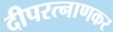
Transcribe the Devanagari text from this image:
दीपरत्नाणकर